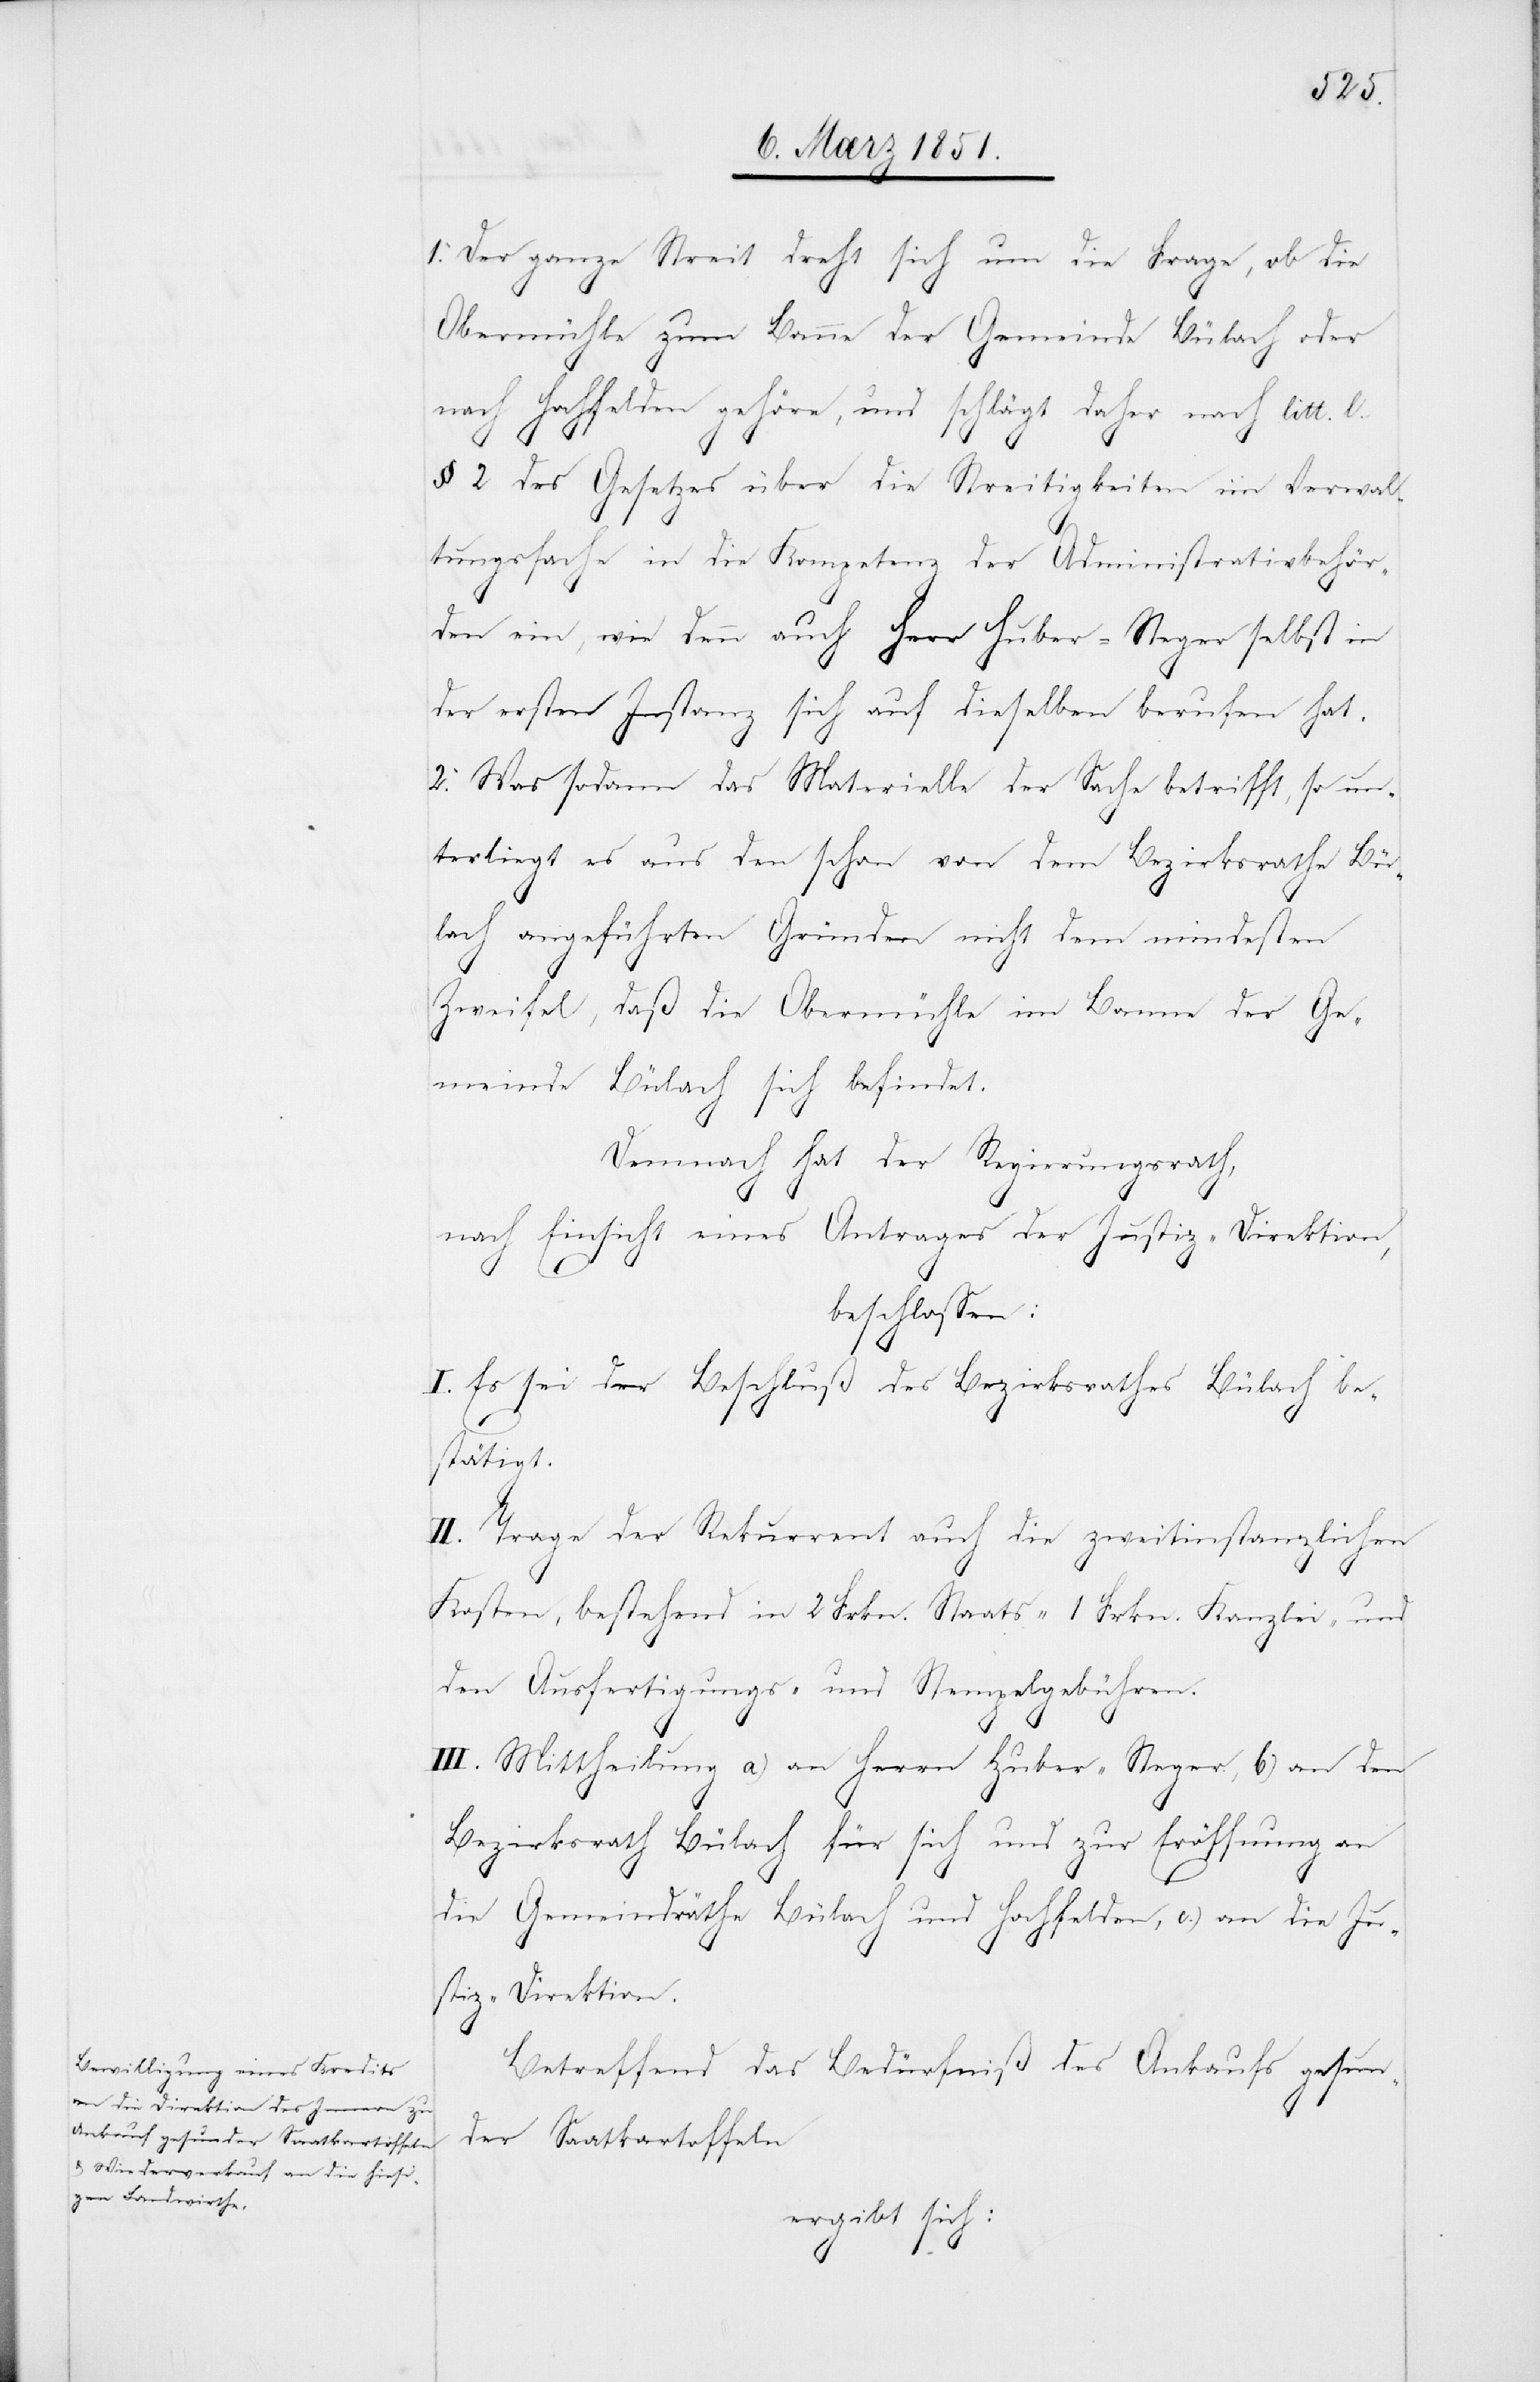
1. Der ganze Streit dreht sich um die Frage, ob die
Obermühle zum Banne der Gemeinde Bülach oder
nach Hochfelden gehöre, und schlägt daher nach litt.
l.
§ 2 des Gesetzes über die Streitigkeiten im Verwal¬
tungsfache in die Kompetenz der Administrativbehör¬
den ein, wie denn auch Herr Huber-Steger selbst in
der ersten Instanz sich auf dieselben berufen hat.
2. Was sodann das Materielle der Sache betrifft, so un¬
terliegt es aus den schon von dem Bezirksrathe Bü¬
lach angeführten Gründen nicht dem mindesten
Zweifel, daß die Obermühle im Banne der Ge¬
meinde Bülach sich befindet.
Demnach hat der Regierungsrath,
nach Einsicht eines Antrages der Justiz-Direktion,
beschlossen:
I. Es sei der Beschluß des Bezirksrathes Bülach be¬
stätigt.
II. Trage der Rekurrent auch die zweitinstanzlichen
Kosten, bestehend in 2 Frkn. Staats-[,] 1 Frkn. Kanzlei- und
den Ausfertigungs- und Stempelgebühren.
III. Mittheilung a) an Herrn Huber-Steger, b) an den
Bezirksrath Bülach für sich und zur Eröffnung an
die Gemeindräthe Bülach und Hochfelden, c.) an die Ju¬
stiz-Direktion.
Betreffend das Bedürfniß des Ankaufs gesun¬
der Saatkartoffeln
ergibt sich: